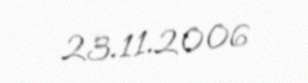
23.11.2006